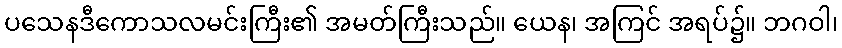
ပသေနဒီကောသလမင်းကြီး၏ အမတ်ကြီးသည်။ ယေန၊ အကြင် အရပ်၌။ ဘဂဝါ၊